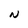
Character: N